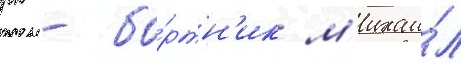
рк - бо́ртн'ик м'ихаи́л